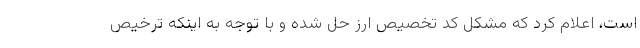
است، اعلام کرد که مشکل کد تخصیص ارز حل شده و با توجه به اینکه ترخیص